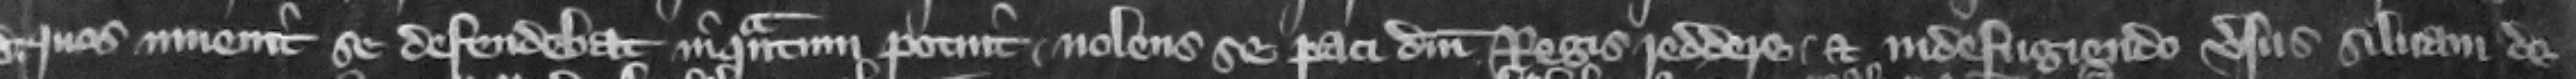
quos inuenit se defendebat in quantum potuit. nolens se paci domini regis reddere. Et in defugiendo versus siluam de